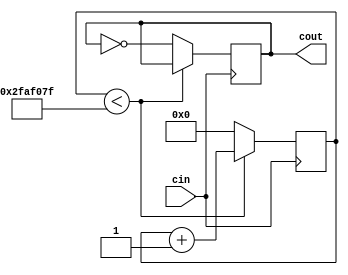
`timescale 1ns / 1ps
//////////////////////////////////////////////////////////////////////////////////
// Company: 
// Engineer: 
// 
// Design Name: 
// Module Name: clock_divider
// Project Name: 
// Target Devices: 
// Tool Versions: 
// Description: 
// 
// Dependencies: 
// 
// Revision:
// Revision 0.01 - File Created
// Additional Comments:
// 
//////////////////////////////////////////////////////////////////////////////////


module clock_divider(output reg cout=0, input cin);

    reg [25:0] counter = 25'b0;
    parameter timeconstant = 50000000;
    
    always@(posedge cin)
    begin
    if(counter < (timeconstant - 1))
        counter <= counter + 1'b1;
    else begin
        counter <= 25'b0;
        cout <= ~cout;
    end
    end
    
endmodule